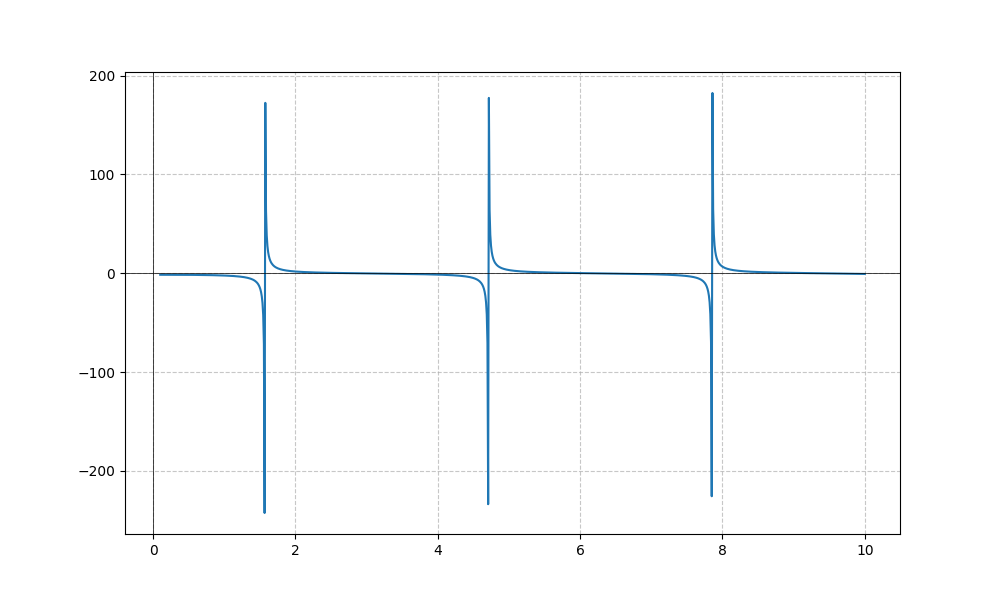
LaTeX formula: - \tan{\left(x \right)} - \operatorname{acot}{\left(x \right)}